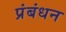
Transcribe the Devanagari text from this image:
प्रंबंधन